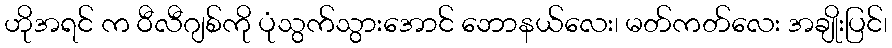
ဟိုအရင် က ဝီလီဂျစ်ကို ပုံသွက်သွားအောင် ဘောနယ်လေး၊ မတ်ကတ်လေး အချိုးပြင်၊